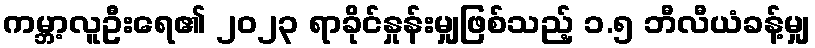
ကမ္ဘာ့လူဦးရေ၏ ၂၀၂၃ ရာခိုင်နှုန်းမျှဖြစ်သည့် ၁.၅ ဘီလီယံခန့်မျှ